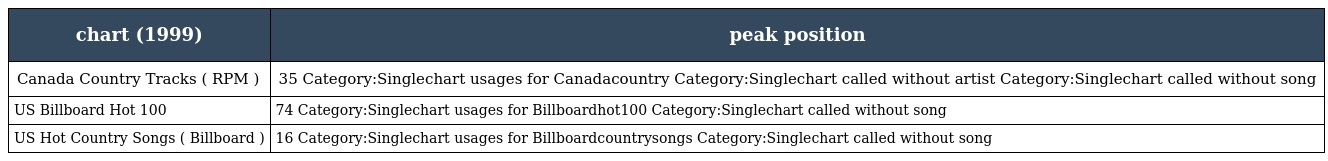
| chart (1999) | peak position |
 | --- | --- |
 | Canada Country Tracks ( RPM ) | 35 Category:Singlechart usages for Canadacountry Category:Singlechart called without artist Category:Singlechart called without song |
 | US Billboard Hot 100 | 74 Category:Singlechart usages for Billboardhot100 Category:Singlechart called without song |
 | US Hot Country Songs ( Billboard ) | 16 Category:Singlechart usages for Billboardcountrysongs Category:Singlechart called without song |